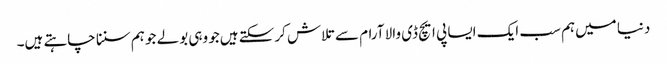
دنیا میں‌ہم سب ایک ایسا پی ایچ ڈی والا آرام سے تلاش کرسکتے ہیں‌جو وہی بولے جو ہم سننا چاہتے ہیں۔